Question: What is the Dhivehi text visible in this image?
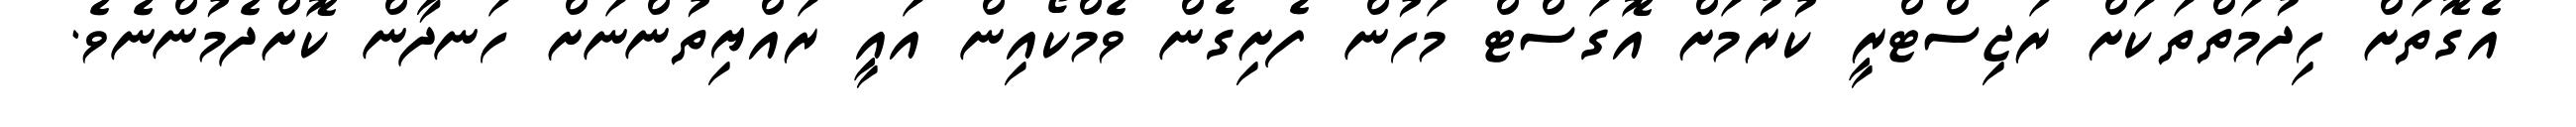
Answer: އެގޮތަށް ހިދުމަތްތަކަށް ރަޖިސްޓްރީ ކުރުމަށް އޮގަސްޓް މަހުން ފެށިގެން ވެމްކޯއިން އައީ ރައްޔިތުންނަށް ހަނދާން ކޮށްދެމުންނެވެ.